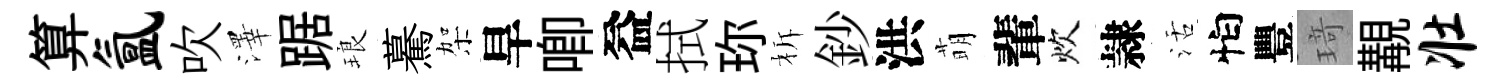
算氲吹澤踞琅驀架旱唧益拭珎柝鈔洪萌輩炊隷活怕豐𤦺覯壮